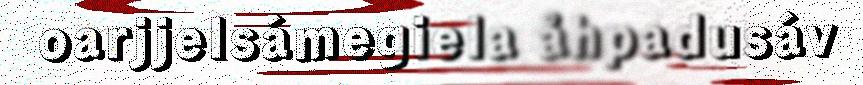
oarjjelsámegiela åhpadusáv